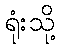
ရုံးသို့